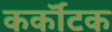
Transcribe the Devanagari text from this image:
कर्कॊटक